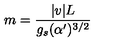
m = \frac { | v | L } { g _ { s } ( \alpha ^ { \prime } ) ^ { 3 / 2 } }